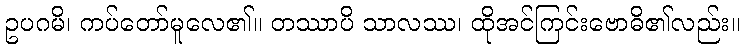
ဥပဂမိ၊ ကပ်တော်မူလေ၏။ တဿာပိ သာလဿ၊ ထိုအင်ကြင်းဗောဓိ၏လည်း။